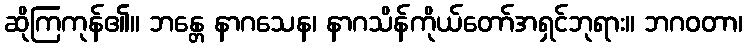
ဆိုကြကုန်၏။ ဘန္တေ နာဂသေန၊ နာဂသိန်ကိုယ်တော်အရှင်ဘုရား။ ဘဂဝတာ၊